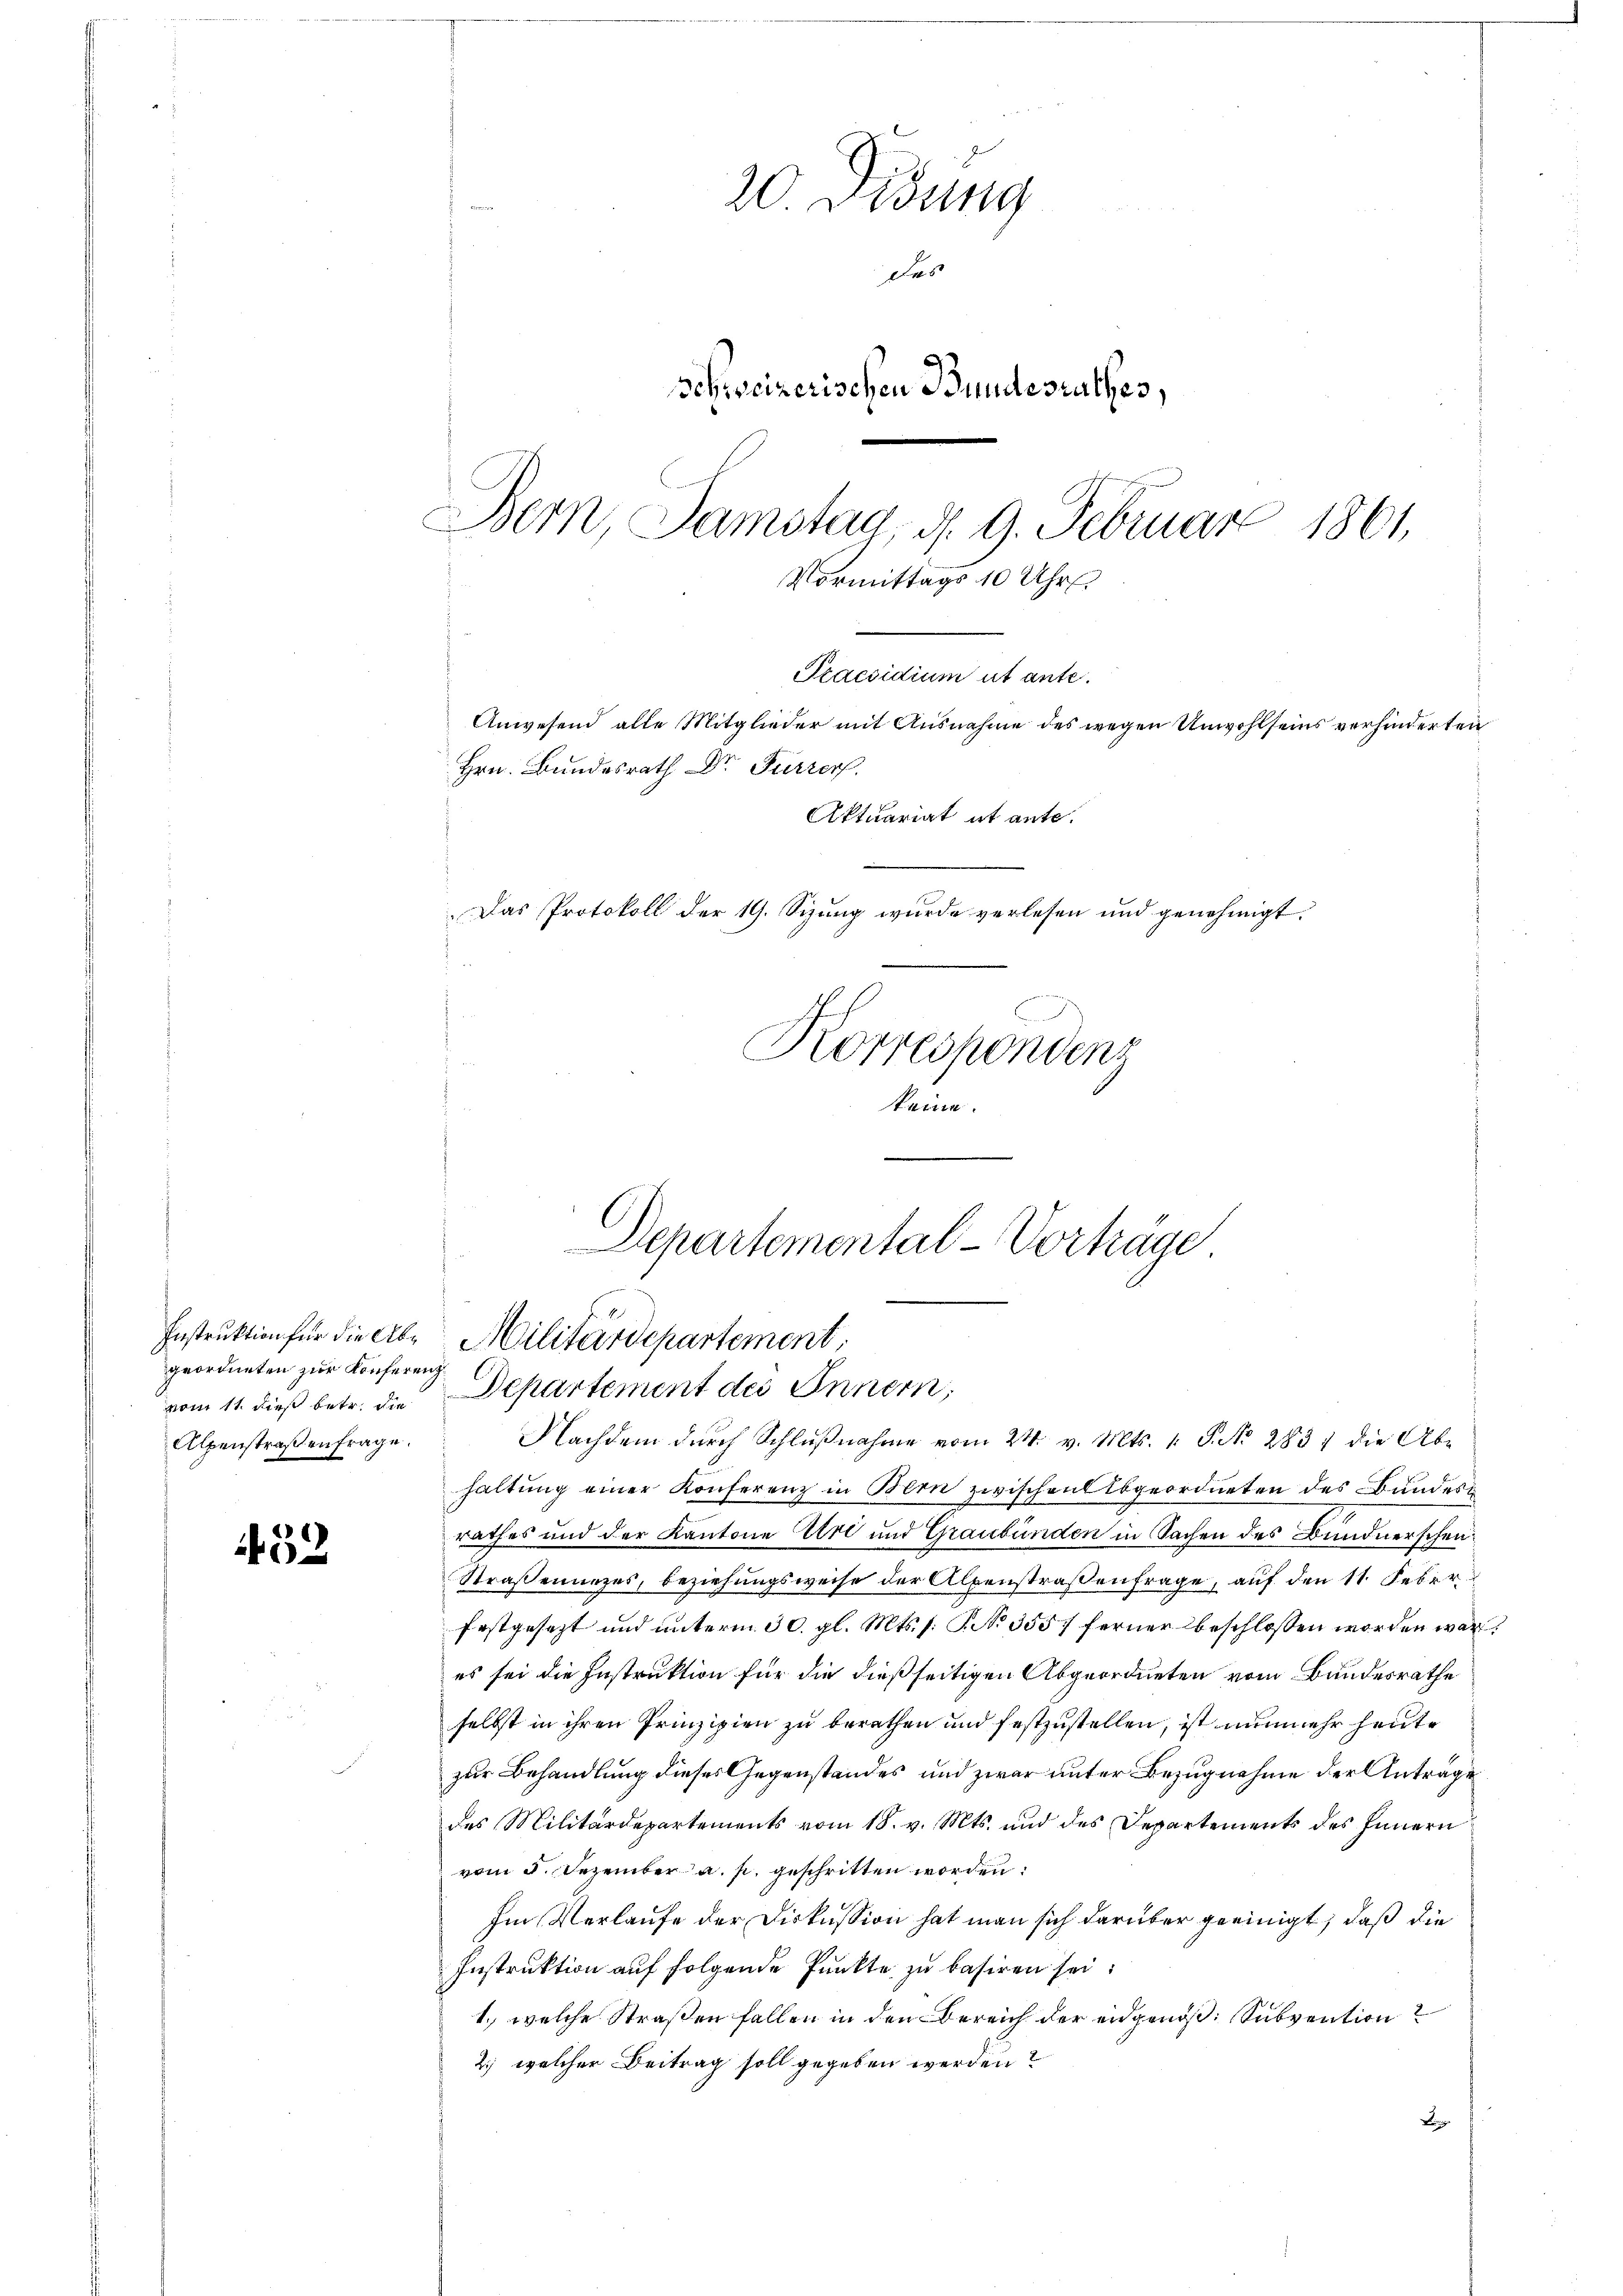
Instruktion für die Abgeordneten zur Konferenz
Alpenstraßen frage.

52

20. Didung

des
Schweizerischen Bundesrathes,
Bern Samstag, d. 9. Februar
1861
Vormittags 10 Uhr
Praesidium ut ante.
Anwesend alle Mitglieder mit Ausnahme des wegen Unwohlseins verhinderten
Hrn. Bundesrath Dr Furrer.
Aktuariat et ante.
Das Protokoll der 19. Sizung wurde verlesen und genehmigt.
Korrespondenz
keine.

Departemental-Vorhäge
Militärdepartement,
vom 11. dieß betr. die Departement des Innern,
Nachdem durch Schlŭβnahme vom 24. v. Mts. 1. P. No 283, die Abe

haltung einer Konferenz in Bern zwischen Abgeordneten des Bundesrathes und der Kantone Uri und Graubünden in Sachen des Bundnerschen¬
Straßenunzes, beziehungsweise der Alpenstraßenfrage, auf den 11. Feber
festgesezt und unterm 30. gl. Mts. s. S. No 355 f ferner beschlossen worden war.
es sei die Instruktion für die dießseitigen Abgeordneten vom Bundesrathe
selbst in ihren Prinzipien zu berathen und festzustellen, ist nunmehr heute
zur Behandlung dieses Gegenstandes und zwar unter Bezugnahme der Antrage
des Militärdepartements vom 18. v. Mts. und des Departements des Innern
vom 5. Dezember a. p. geschritten worden.
Im Verlaufe der Diskussion hat man sich darüber geeinigt, daß die
Instruktion auf folgende Punkte zu basiren sei.
1., welche Straßen fallen in den Bereich der eidgenöß, Subvention
2., welcher Beitrag soll gegeben werden?
B